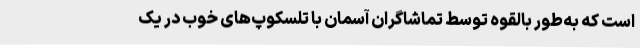
است که به‌طور بالقوه توسط تماشاگران آسمان با تلسکوپ‌های خوب در یک